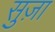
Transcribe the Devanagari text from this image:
सुज़ा